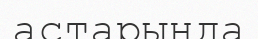
астарында